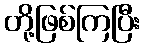
တို့ဖြစ်ကြပြီး